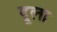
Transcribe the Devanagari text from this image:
दूला